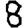
Digit: 8